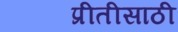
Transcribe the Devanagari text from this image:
प्रीतीसाठी